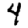
Digit: 4